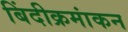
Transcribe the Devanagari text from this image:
बिंदीक्रमांकन